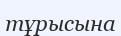
тұрысына